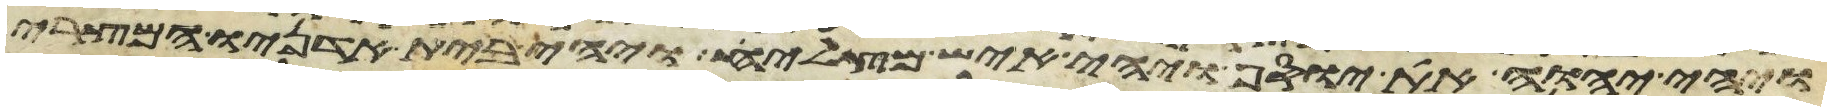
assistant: ויהי יהוה את יוסף ויהי איש מצליח ויהי בית אדניו המצרי